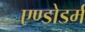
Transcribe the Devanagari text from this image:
एण्डोडर्म